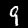
Label: 9